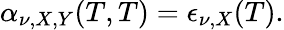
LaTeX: \alpha_{\nu,X,Y}(T,T)=\epsilon_{\nu,X}(T).